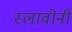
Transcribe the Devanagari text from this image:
स्लावोनी